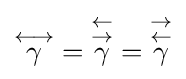
{\textstyle {\overset {\scriptstyle \longleftrightarrow }{\gamma }}={\overset {\scriptstyle \leftarrow }{\overset {\rightarrow }{\gamma }}}={\overset {\rightarrow }{\overset {\scriptstyle \leftarrow }{\gamma }}}}